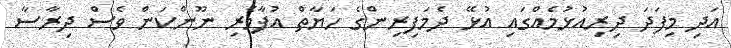
އަދި މިފަދަ ދިރިއުޅުމެއްގައި އުޅޭ ދެމަފިރިންގެ ހަޔާތް އުފާވެރި ނޫންކަން ވެސް ދިރާސާ